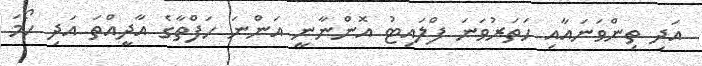
އަދި ތިންވަނައާއި ހަތަރުވަނަ ފްލައިޓު އޮންނާނީ އަންނަ ހަފްތާގެ އާދީއްތަ އަދި ހޯމަ